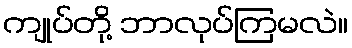
ကျုပ်တို့ ဘာလုပ်ကြမလဲ။